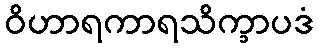
ဝိဟာရကာရသိက္ခာပဒံ